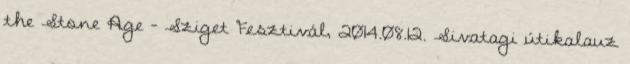
the Stone Age – Sziget Fesztivál, 2014.08.12. Sivatagi útikalauz